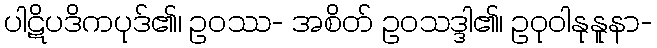
ပါဋိပဒိကပုဒ်၏၊ ဥဝဿ- အစိတ် ဥဝသဒ္ဒါ၏၊ ဥဝုဝါနုနူနာ-